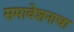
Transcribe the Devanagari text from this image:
समावेशनाचा